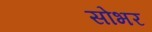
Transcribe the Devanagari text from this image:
सोभर